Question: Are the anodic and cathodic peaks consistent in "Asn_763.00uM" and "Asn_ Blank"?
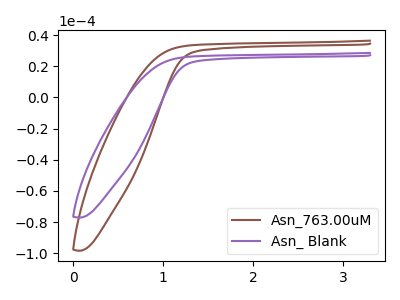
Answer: <think>The brown curve "Asn_763.00uM" has no peaks. The purple curve "Asn_ Blank" has no peaks.</think>
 <answer>Niether CV has any peaks.</answer>
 <eval>blanks</eval>